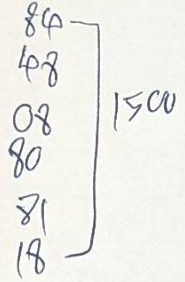
84 - 1500
48 - 1500
08 - 1500
80 - 1500
81 - 1500
18 - 1500